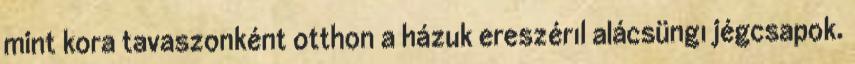
mint kora tavaszonként otthon a házuk ereszérıl alácsüngı jégcsapok.